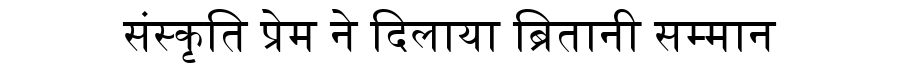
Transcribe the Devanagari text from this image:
संस्कृति प्रेम ने दिलाया ब्रितानी सम्मान